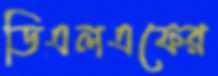
ডিএলএফের